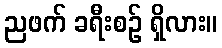
ညဖက် ခရီးစဉ် ရှိလား။